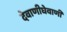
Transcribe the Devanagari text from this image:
देवाणीघेवाणी